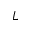
L